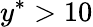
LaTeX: y^{*}>10